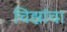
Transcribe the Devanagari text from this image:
चिह्नांचा